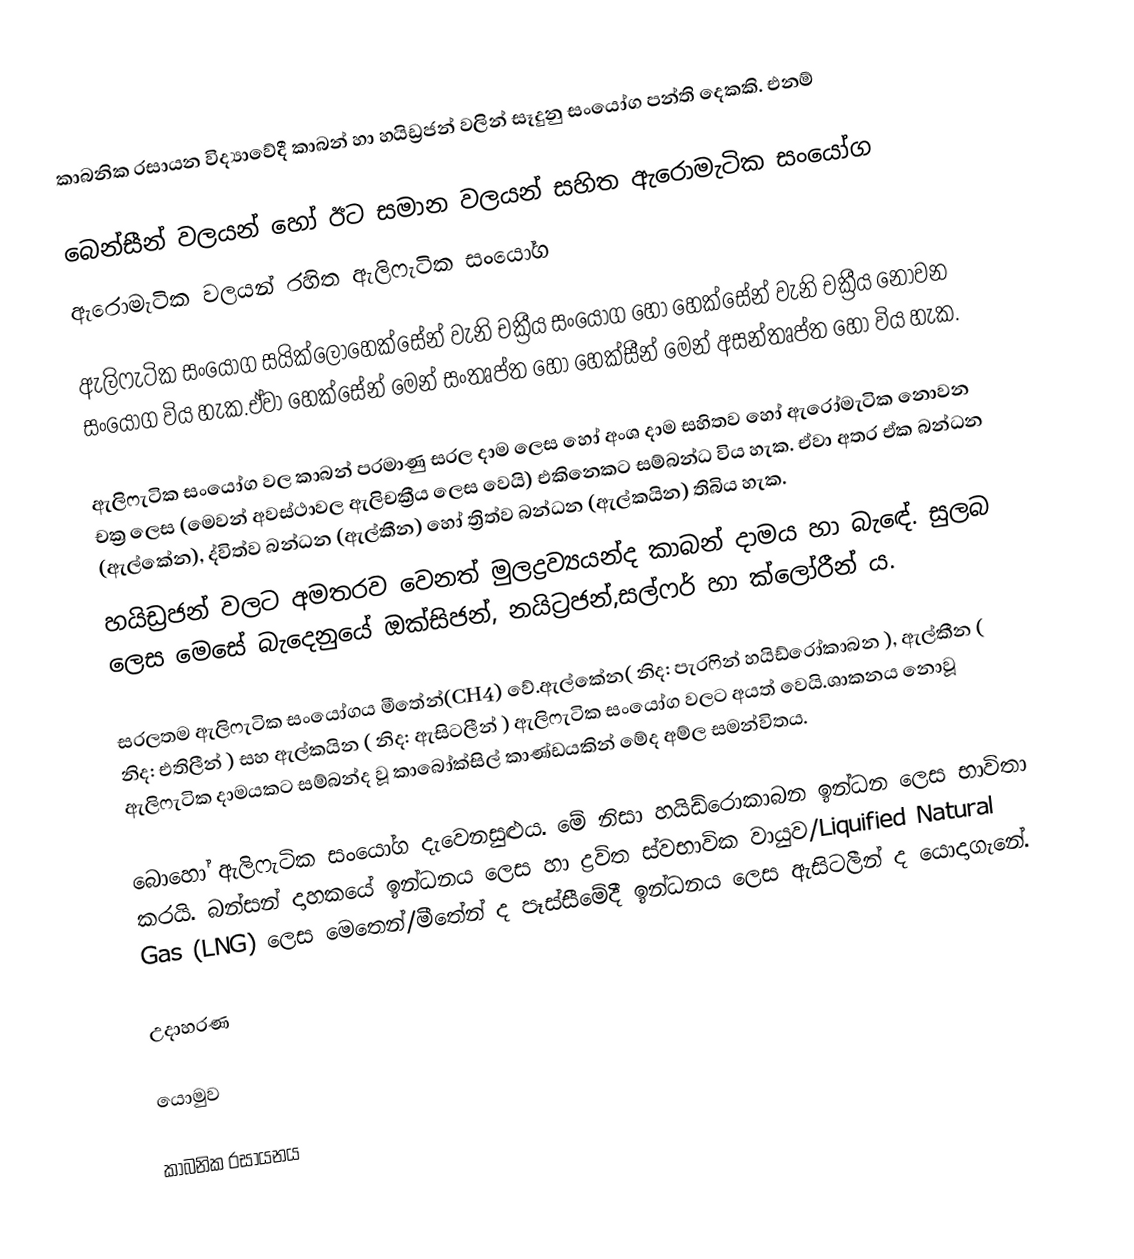
කාබනික රසායන විද්‍යාවේදී කාබන් හා හයිඩ්‍රජන් වලින් සෑදුනු සංයෝග පන්ති දෙකකි. එනම්

 බෙන්සීන් වලයන් හෝ ඊට සමාන වලයන් සහිත ඇරොමැටික සංයෝග
 ඇරොමැටික වලයන් රහිත ඇලිෆැටික සංයෝග

ඇලිෆැටික සංයෝග සයික්ලොහෙක්සේන් වැනි චක්‍රීය සංයෝග හෝ හෙක්සේන් වැනි චක්‍රීය නොවන සංයෝග විය හැක.ඒවා හෙක්සේන් මෙන් සංතෘප්ත හෝ හෙක්සීන් මෙන් අසන්තෘප්ත හෝ විය හැක.

ඇලිෆැටික සංයෝග වල කාබන් පරමාණු සරල දාම ලෙස හෝ අංශ දාම සහිතව හෝ ඇරෝමැටික නොවන චක්‍ර ලෙස (මෙවන් අවස්ථාවල  ඇලිචක්‍රීය ලෙස වෙයි) එකිනෙකට සම්බන්ධ විය හැක. ඒවා අතර ඒක බන්ධන (ඇල්කේන), ද්විත්ව බන්ධන (ඇල්කීන) හෝ ත්‍රිත්ව බන්ධන (ඇල්කයින) තිබිය හැක.
හයිඩ්‍රජන් වලට අමතරව වෙනත් මුලද්‍රව්‍යයන්ද කාබන් දාමය හා බැඳේ. සුලබ ලෙස මෙසේ බැදෙනුයේ ඔක්සිජන්, නයිට්‍රජන්,සල්ෆර් හා ක්ලෝරීන් ය.

සරලතම ඇලිෆැටික සංයෝගය මීතේන්(CH4) වේ.ඇල්කේන( නිද: පැරෆින් හයිඩ්රෝකාබන ), ඇල්කීන ( නිද: එතිලීන් ) සහ ඇල්කයින ( නිද: ඇසිටලීන් ) ඇලිෆැටික සංයෝග වලට අයත් වෙයි.ශාකනය නොවූ ඇලිෆැටික දාමයකට සම්බන්ද වූ කාබෝක්සිල් කාණ්ඩයකින් මේද අම්ල සමන්විතය.

බොහෝ ඇලිෆැටික සංයෝග දැවෙනසුළුය. මේ නිසා හයිඩ්රොකාබන ඉන්ධන ලෙස භාවිතා කරයි. බන්සන් දාහකයේ ඉන්ධනය ලෙස හා ද්‍රවිත ස්වභාවික වායුව/Liquified Natural Gas (LNG) ලෙස මෙතෙන්/මීතේන් ද පෑස්සීමේදී  ඉන්ධනය ලෙස ඇසිටලීන් ද යොදාගැනේ.

උදාහරණ

යොමුව

කාබනික රසායනය